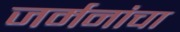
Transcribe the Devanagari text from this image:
जर्मनांचा